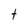
Character: t